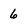
Character: 6